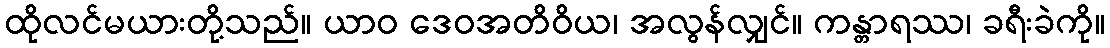
ထိုလင်မယားတို့သည်။ ယာဝ ဒေဝအတိဝိယ၊ အလွန်လျှင်။ ကန္တာရဿ၊ ခရီးခဲကို။